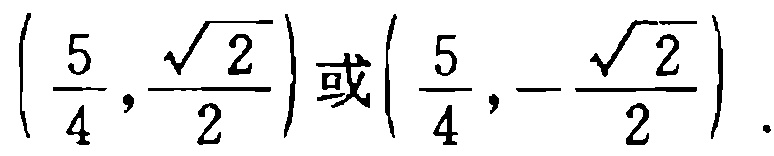
$\left(\dfrac{5}{4},\dfrac{\sqrt{2}}{2}\right)或\left(\dfrac{5}{4},-\dfrac{\sqrt{2}}{2}\right).$